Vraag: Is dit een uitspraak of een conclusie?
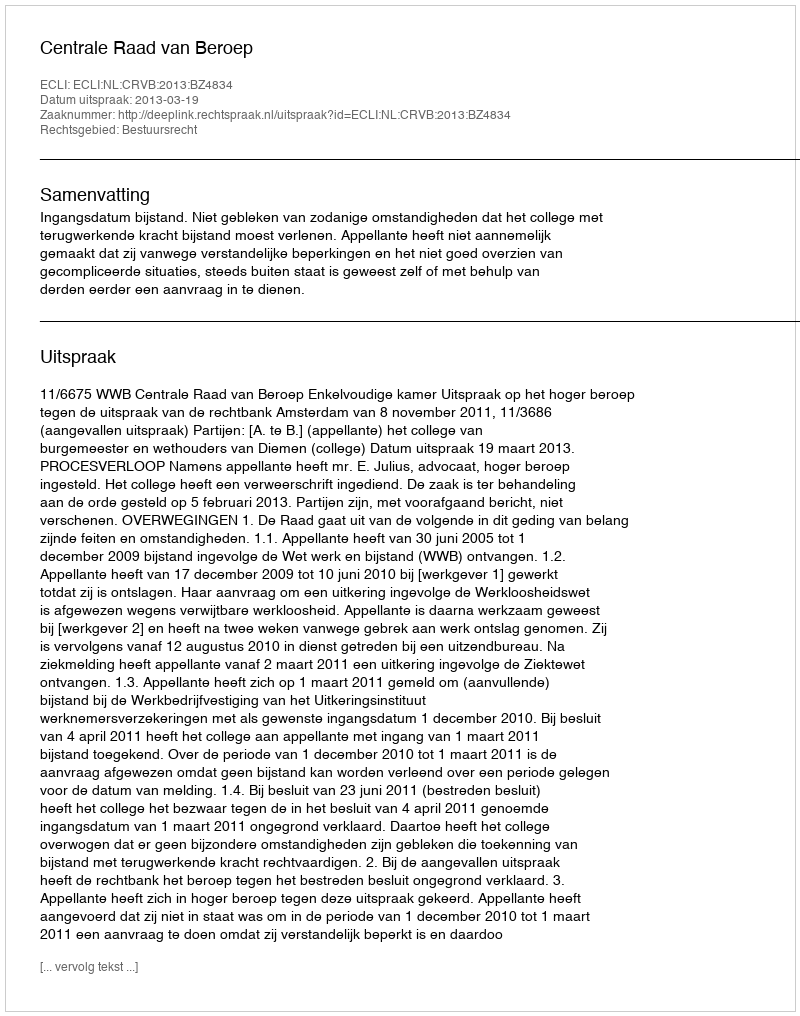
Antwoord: Uitspraak